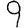
Digit: 9